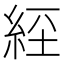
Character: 𦀇